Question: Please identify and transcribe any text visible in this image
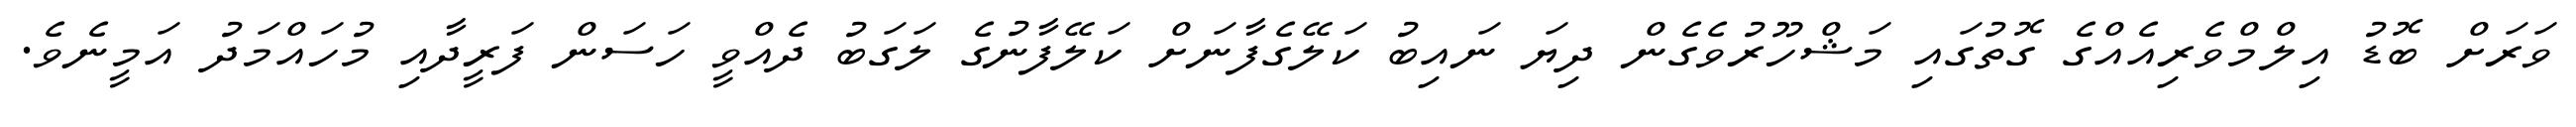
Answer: ވަރަށް ބޮޑު އިލްމްވެރިއެއްގެ ގޮތުގައި މަޝްހޫރުވެގެން ދިޔަ ނައިބު ކަލޭގެފާނަށް ކަލޭފާނުގެ ލަގަބު ދެއްވީ ހަސަން ފަރީދާއި މުހައްމަދު އަމީނެވެ.